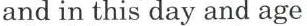
and in this day and age